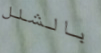
بالشلل